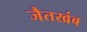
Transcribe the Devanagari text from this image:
जैतखंब